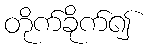
တိုက်ခိုက်၍